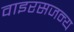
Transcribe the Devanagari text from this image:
वाइरसजन्य